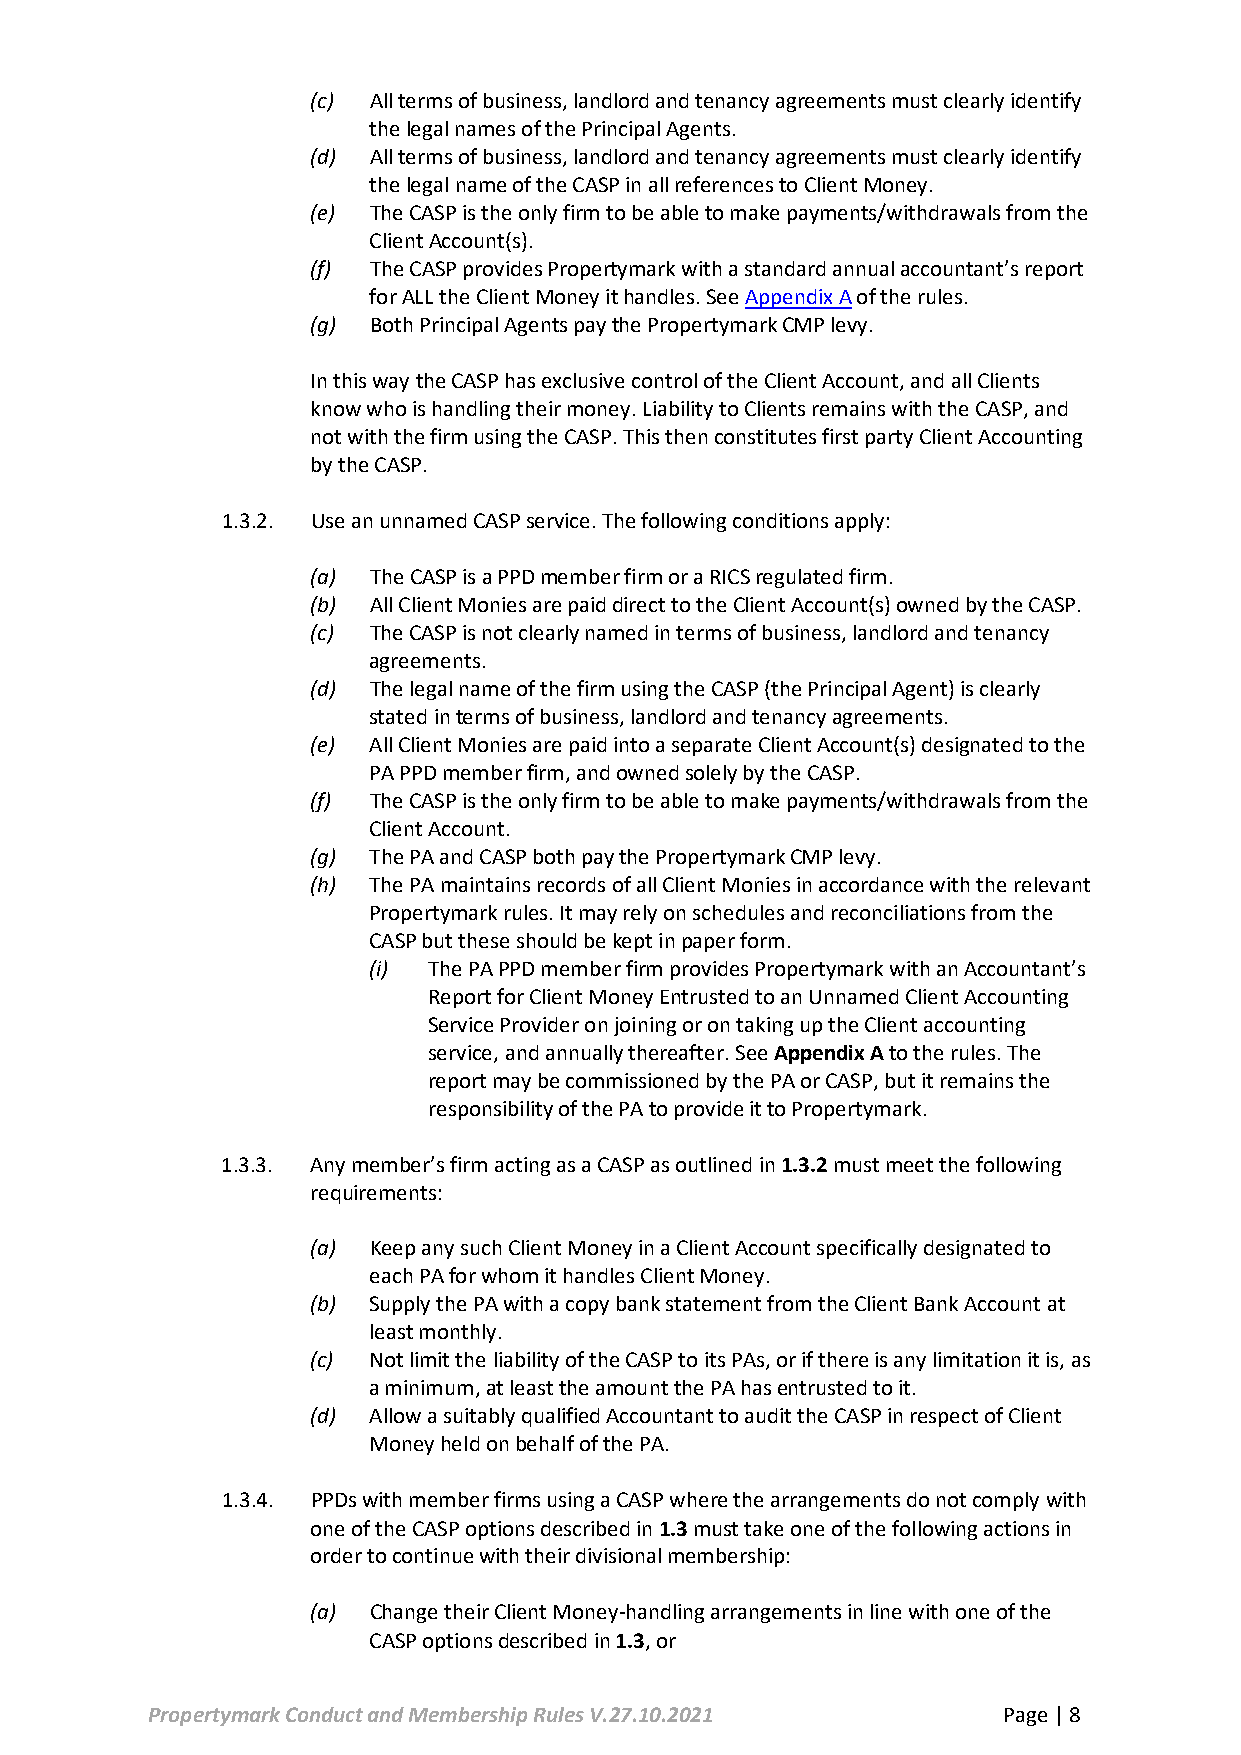
(c) All terms of business, landlord and tenancy agreements must clearly identify
 the legal names of the Principal Agents.
 (d) All terms of business, landlord and tenancy agreements must clearly identify
 the legal name of the CASP in all references to Client Money.
 (e) The CASP is the only firm to be able to make payments/withdrawals from the
 Client Account(s).
 (f) The CASP provides Propertymark with a standard annual accountant’s report
 for ALL the Client Money it handles. See Appendix A of the rules.
 (g) Both Principal Agents pay the Propertymark CMP levy.
 In this way the CASP has exclusive control of the Client Account, and all Clients
 know who is handling their money. Liability to Clients remains with the CASP, and
 not with the firm using the CASP. This then constitutes first party Client Accounting
 by the CASP.
 1.3.2. Use an unnamed CASP service. The following conditions apply:
 (a) The CASP is a PPD member firm or a RICS regulated firm.
 (b) All Client Monies are paid direct to the Client Account(s) owned by the CASP.
 (c) The CASP is not clearly named in terms of business, landlord and tenancy
 agreements.
 (d) The legal name of the firm using the CASP (the Principal Agent) is clearly
 stated in terms of business, landlord and tenancy agreements.
 (e) All Client Monies are paid into a separate Client Account(s) designated to the
 PA PPD member firm, and owned solely by the CASP.
 (f) The CASP is the only firm to be able to make payments/withdrawals from the
 Client Account.
 (g) The PA and CASP both pay the Propertymark CMP levy.
 (h) The PA maintains records of all Client Monies in accordance with the relevant
 Propertymark rules. It may rely on schedules and reconciliations from the
 CASP but these should be kept in paper form.
 (i) The PA PPD member firm provides Propertymark with an Accountant’s
 Report for Client Money Entrusted to an Unnamed Client Accounting
 Service Provider on joining or on taking up the Client accounting
 service, and annually thereafter. See Appendix A to the rules. The
 report may be commissioned by the PA or CASP, but it remains the
 responsibility of the PA to provide it to Propertymark.
 1.3.3. Any member’s firm acting as a CASP as outlined in 1.3.2 must meet the following
 requirements:
 (a) Keep any such Client Money in a Client Account specifically designated to
 each PA for whom it handles Client Money.
 (b) Supply the PA with a copy bank statement from the Client Bank Account at
 least monthly.
 (c) Not limit the liability of the CASP to its PAs, or if there is any limitation it is, as
 a minimum, at least the amount the PA has entrusted to it.
 (d) Allow a suitably qualified Accountant to audit the CASP in respect of Client
 Money held on behalf of the PA.
 1.3.4. PPDs with member firms using a CASP where the arrangements do not comply with
 one of the CASP options described in 1.3 must take one of the following actions in
 order to continue with their divisional membership:
 (a) Change their Client Money-handling arrangements in line with one of the
 CASP options described in 1.3, or
 Propertymark Conduct and Membership Rules V.27.10.2021  Page | 8